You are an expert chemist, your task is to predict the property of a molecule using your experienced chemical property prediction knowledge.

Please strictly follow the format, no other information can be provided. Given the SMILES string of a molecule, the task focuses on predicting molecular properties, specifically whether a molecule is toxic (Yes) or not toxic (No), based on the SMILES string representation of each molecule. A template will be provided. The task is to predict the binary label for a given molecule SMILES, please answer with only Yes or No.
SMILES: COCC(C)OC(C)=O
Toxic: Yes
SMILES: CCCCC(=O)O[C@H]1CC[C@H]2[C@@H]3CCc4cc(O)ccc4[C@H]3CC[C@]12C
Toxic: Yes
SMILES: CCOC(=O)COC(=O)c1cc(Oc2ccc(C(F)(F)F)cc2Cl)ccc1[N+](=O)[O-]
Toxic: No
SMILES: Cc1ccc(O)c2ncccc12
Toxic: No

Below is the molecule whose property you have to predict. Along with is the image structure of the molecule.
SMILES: CCCCOC(=O)c1ccc(N)cc1
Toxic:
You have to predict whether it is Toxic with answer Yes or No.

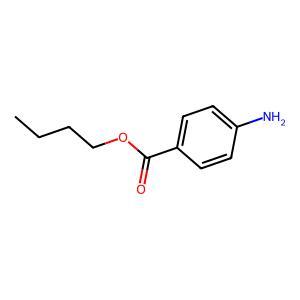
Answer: No